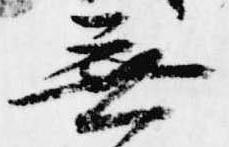
無